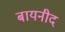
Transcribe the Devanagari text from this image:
बायनीद